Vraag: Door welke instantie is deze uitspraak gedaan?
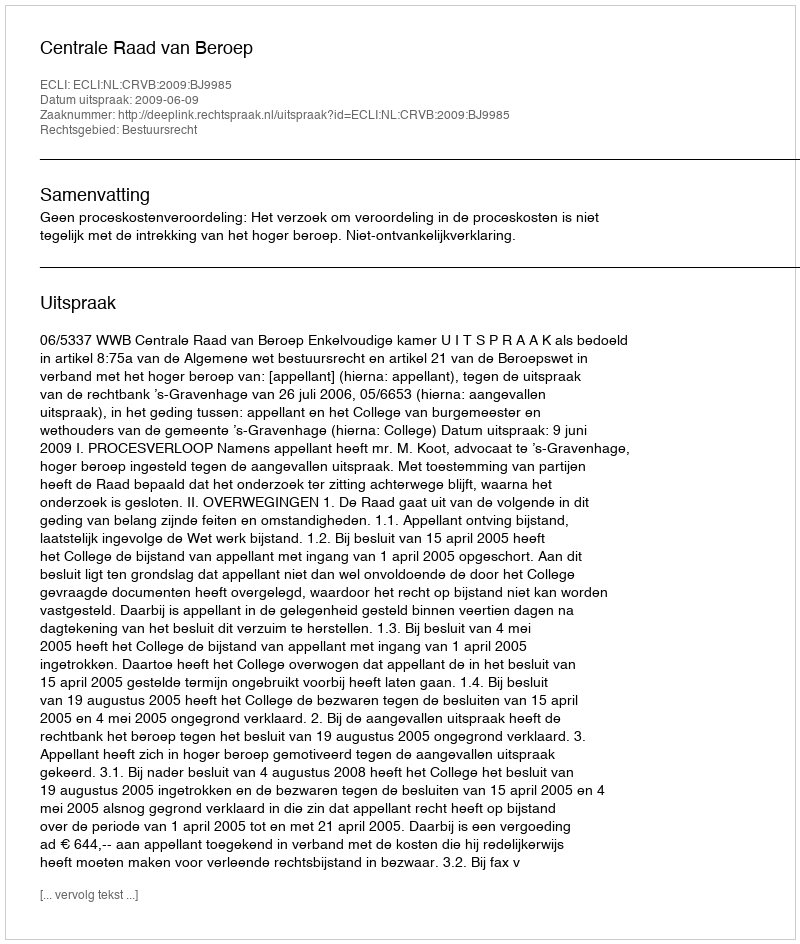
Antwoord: Centrale Raad van Beroep